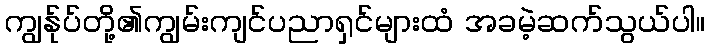
ကျွန်ုပ်တို့၏ကျွမ်းကျင်ပညာရှင်များထံ အခမဲ့ဆက်သွယ်ပါ။